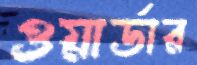
ওয়ার্ডার